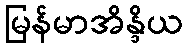
မြန်မာအိန္ဒိယ